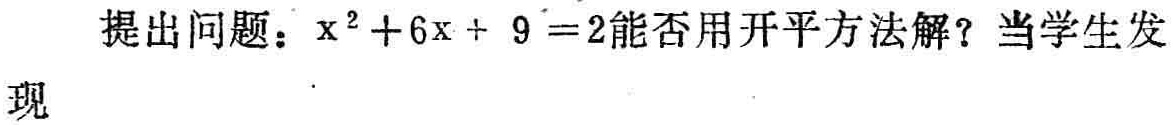
提出问题：$x^{2}+6x + 9 =2$能否用开平方法解？当学生发现